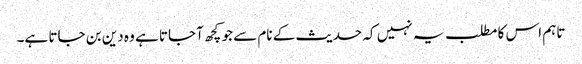
تاہم اس کا مطلب یہ نہیں کہ حدیث کے نام سے جو کچھ آجاتا ہے وہ دین بن جاتا ہے۔